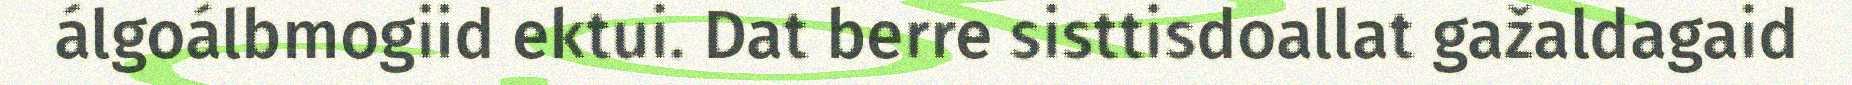
álgoálbmogiid ektui. Dat berre sisttisdoallat gažaldagaid